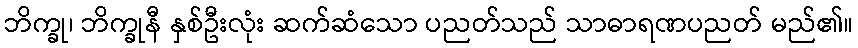
ဘိက္ခု၊ ဘိက္ခုနီ နှစ်ဦးလုံး ဆက်ဆံသော ပညတ်သည် သာဓာရဏပညတ် မည်၏။